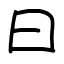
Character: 曰